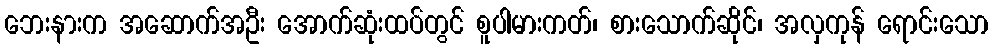
ဘေးနားက အဆောက်အဦး အောက်ဆုံးထပ်တွင် စူပါမားကတ်၊ စားသောက်ဆိုင်၊ အလှကုန် ရောင်းသော